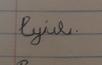
Signature authenticity: forged